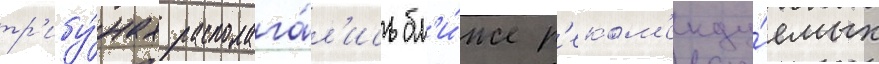
тр'ибу́нах располага́л'ись бл'и́же р'еком'енду́емых